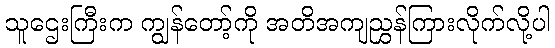
သူဌေးကြီးက ကျွန်တော့်ကို အတိအကျညွှန်ကြားလိုက်လို့ပါ